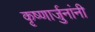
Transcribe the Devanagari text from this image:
कृष्णार्जुनांनी